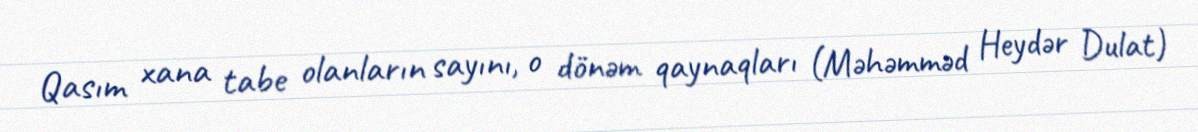
Qasım xana tabe olanların sayını, o dönəm qaynaqları (Məhəmməd Heydər Dulat)